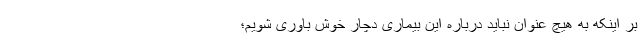
بر اینکه به هیچ عنوان نباید درباره این بیماری دچار خوش باوری شویم؛